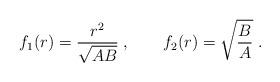
LaTeX: \begin{align*}f_1(r) = \frac{r^2}{\sqrt{AB}}\;,\;\;\;\;\;\;\; f_2(r) = \sqrt{\frac{B}{A}}\;.\end{align*}